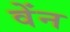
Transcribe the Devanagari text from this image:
वेंन